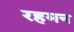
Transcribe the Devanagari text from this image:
रहमन